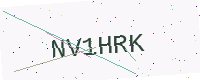
Text: NV1HRK